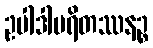
ဥပါဒါပရိတဿနဉ္စ